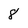
Character: 8